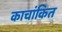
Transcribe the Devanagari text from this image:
काचांकित